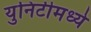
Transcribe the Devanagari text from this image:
युनिटीमध्ये